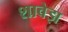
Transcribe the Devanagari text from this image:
शावेझ